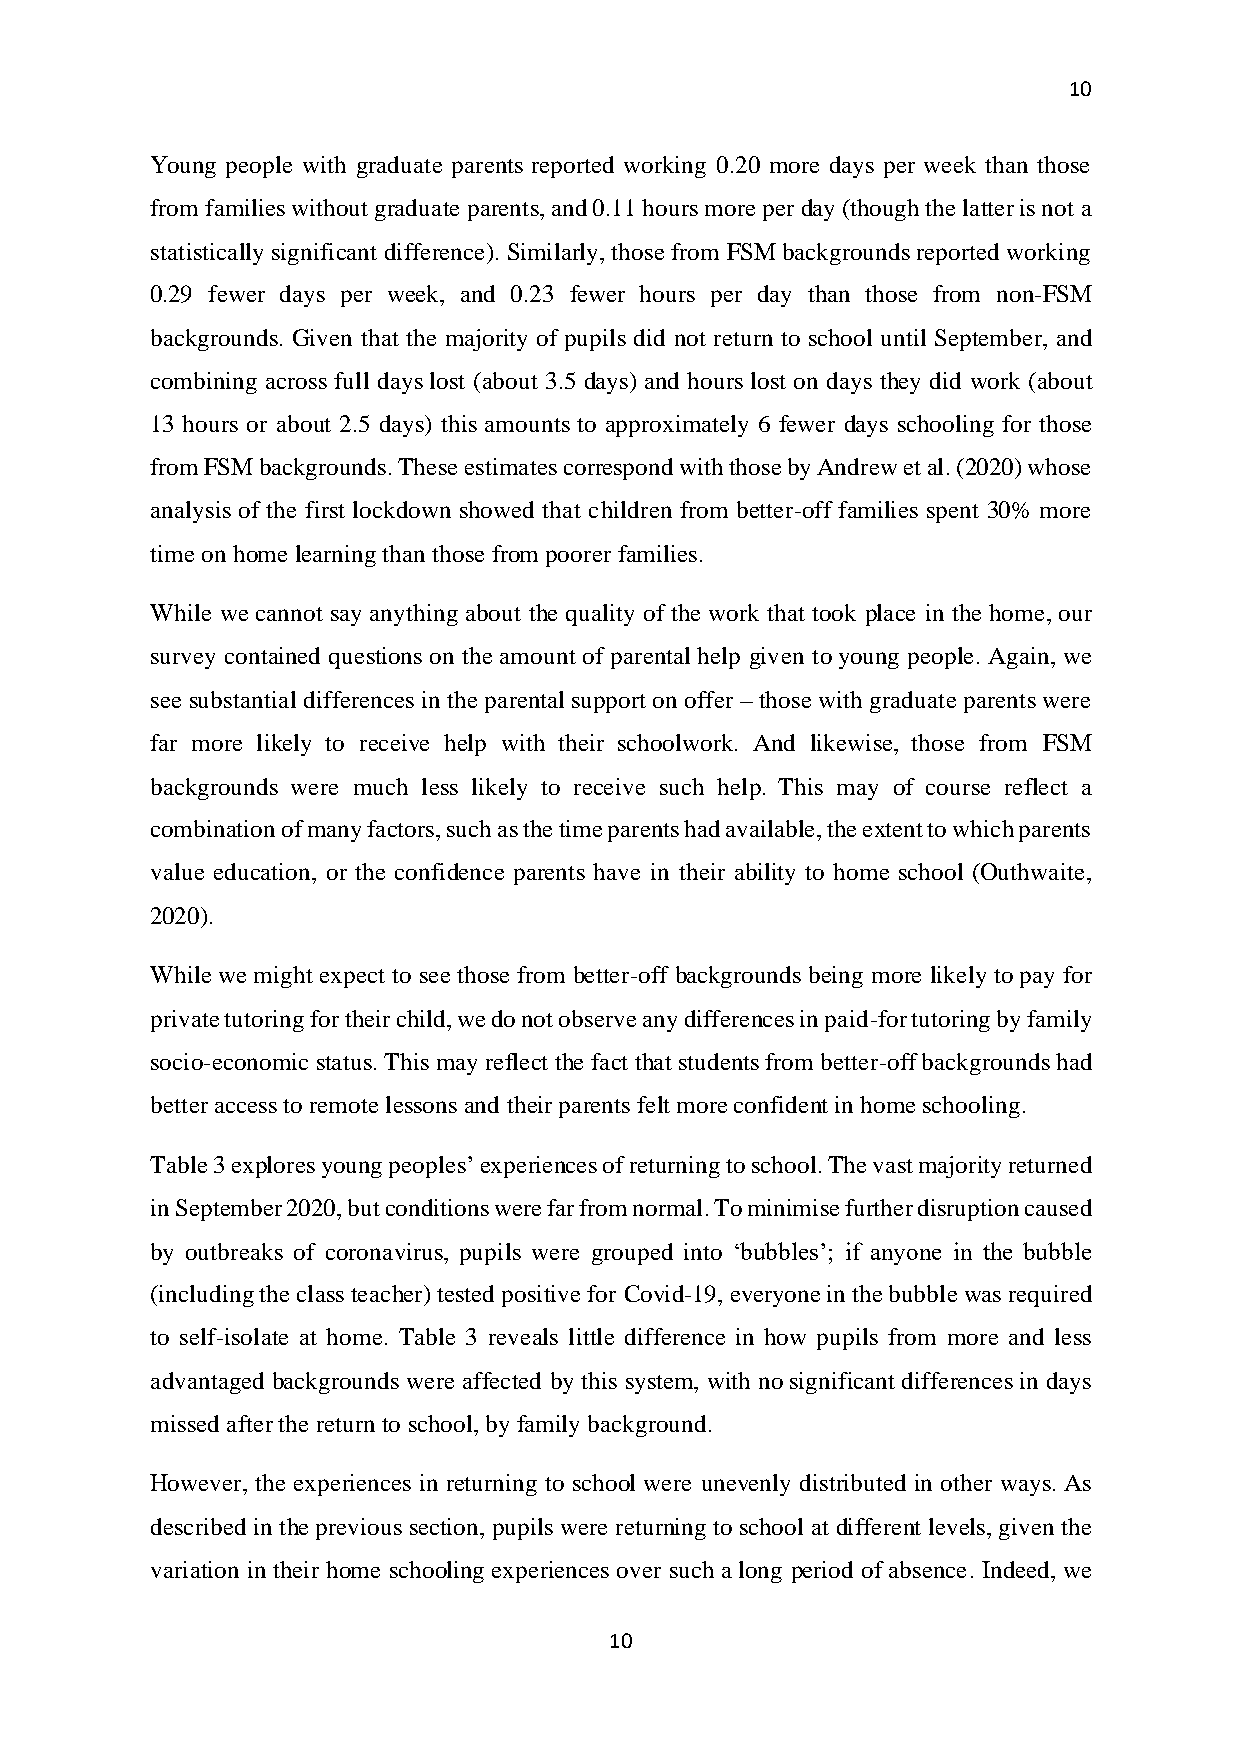
10
 Young people with graduate parents reported working 0.20 more days per week than those
 from families without graduate parents, and 0.11 hours more per day (though the latter is not a
 statistically significant difference). Similarly, those from FSM backgrounds reported working
 0.29 fewer days per week, and 0.23 fewer hours per day than those from non-FSM
 backgrounds. Given that the majority of pupils did not return to school until September, and
 combining across full days lost (about 3.5 days) and hours lost on days they did work (about
 13 hours or about 2.5 days) this amounts to approximately 6 fewer days schooling for those
 from FSM backgrounds. These estimates correspond with those by Andrew et al. (2020) whose
 analysis of the first lockdown showed that children from better-off families spent 30% more
 time on home learning than those from poorer families.
 While we cannot say anything about the quality of the work that took place in the home, our
 survey contained questions on the amount of parental help given to young people. Again, we
 see substantial differences in the parental support on offer – those with graduate parents were
 far more likely to receive help with their schoolwork. And likewise, those from FSM
 backgrounds were much less likely to receive such help. This may of course reflect a
 combination of many factors, such as the time parents had available, the extent to which parents
 value education, or the confidence parents have in their ability to home school (Outhwaite,
 2020).
 While we might expect to see those from better-off backgrounds being more likely to pay for
 private tutoring for their child, we do not observe any differences in paid-for tutoring by family
 socio-economic status. This may reflect the fact that students from better-off backgrounds had
 better access to remote lessons and their parents felt more confident in home schooling.
 Table 3 explores young peoples’ experiences of returning to school. The vast majority returned
 in September 2020, but conditions were far from normal. To minimise further disruption caused
 by outbreaks of coronavirus, pupils were grouped into ‘bubbles’; if anyone in the bubble
 (including the class teacher) tested positive for Covid-19, everyone in the bubble was required
 to self-isolate at home. Table 3 reveals little difference in how pupils from more and less
 advantaged backgrounds were affected by this system, with no significant differences in days
 missed after the return to school, by family background.
 However, the experiences in returning to school were unevenly distributed in other ways. As
 described in the previous section, pupils were returning to school at different levels, given the
 variation in their home schooling experiences over such a long period of absence. Indeed, we
 10